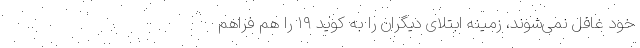
خود غافل نمی‌شوند، زمینه ابتلای دیگران را به کوید ۱۹ را هم فراهم